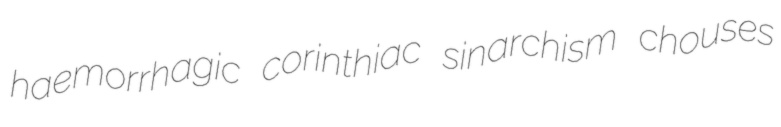
haemorrhagic corinthiac sinarchism chouses